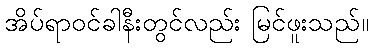
အိပ်ရာဝင်ခါနီးတွင်လည်း မြင်ဖူးသည်။